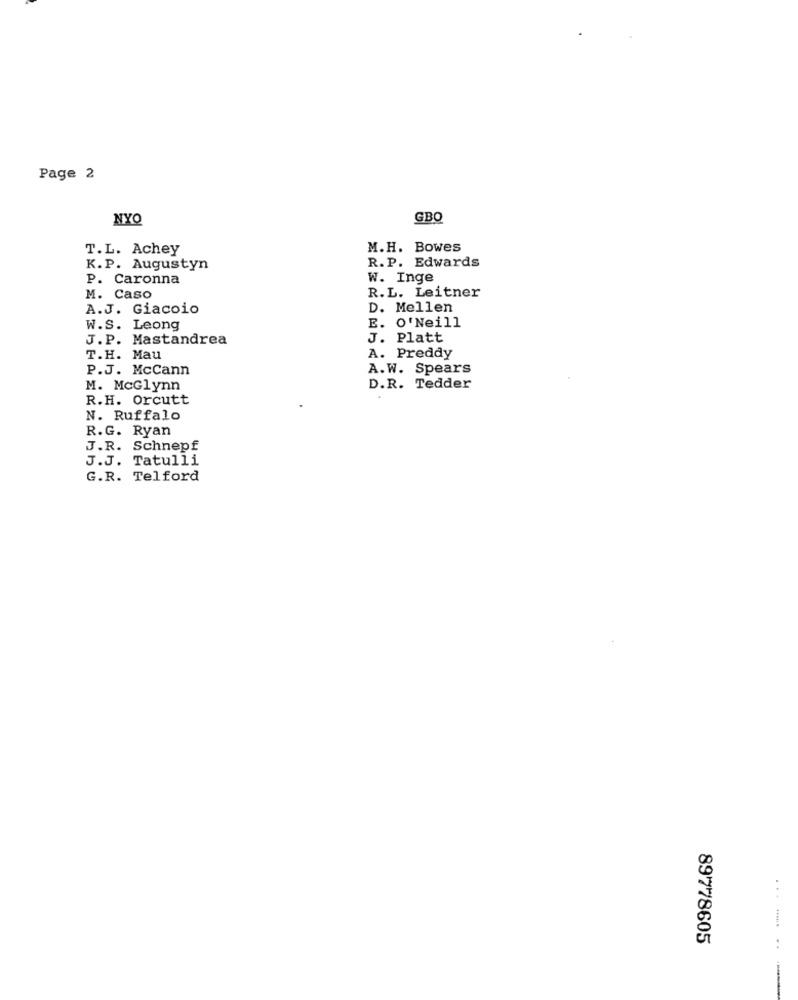
Page 2
NYO
GBO
T.L. Achey
M.H. Bowes
R.P. Edwards
K.P. Augustyn
P. Caronna
W. Inge
R.L. Leitner
M. Caso
A.J. Giacoio
D. Mellen
W.S. Leong
E. O'Neill
J.P. Mastandrea
J. Platt
T.H. Mau
A. Preddy
P.J. McCann
A.W. Spears
M. McGlynn
D.R. Tedder
R.H. Orcutt
N. Ruffalo
R.G. Ryan
J.R. Schnepf
J.J. Tatulli
G.R. Telford
89778605
...- ---